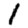
Digit: 1